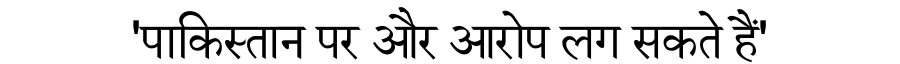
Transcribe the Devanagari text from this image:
'पाकिस्तान पर और आरोप लग सकते हैं'